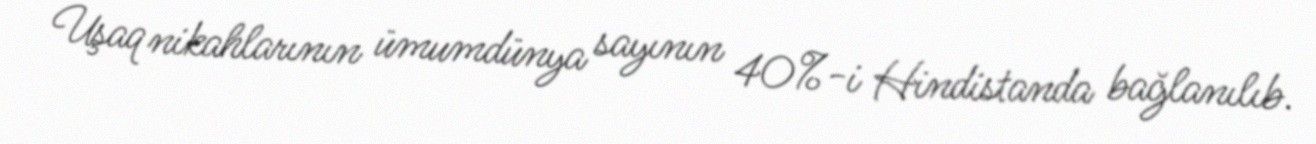
Uşaq nikahlarının ümumdünya sayının 40%-i Hindistanda bağlanılıb.